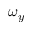
\omega _ { y }